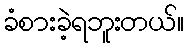
ခံစားခဲ့ရဘူးတယ်။